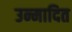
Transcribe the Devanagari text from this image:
उन्मादित